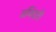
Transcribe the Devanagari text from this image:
जमिंदारी